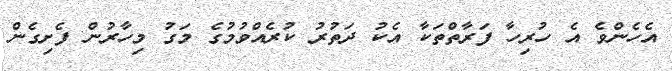
އެހެންވެ އެ ހުރިހާ ފަރާތްތަކާ އެކު ދަތުރު ކުރެއްވުމުގެ މަގު މިހާރުން ފެށިގެން